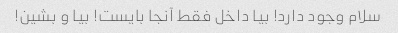
سلام وجود دارد! بیا داخل فقط آنجا بایست! بیا و بشین!